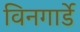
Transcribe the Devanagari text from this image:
विनगार्डे